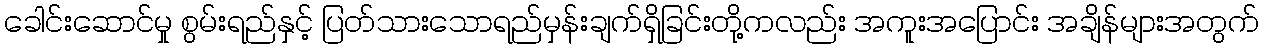
ခေါင်းဆောင်မှု စွမ်းရည်နှင့် ပြတ်သားသောရည်မှန်းချက်ရှိခြင်းတို့ကလည်း အကူးအပြောင်း အချိန်များအတွက်